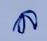
ล